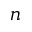
n